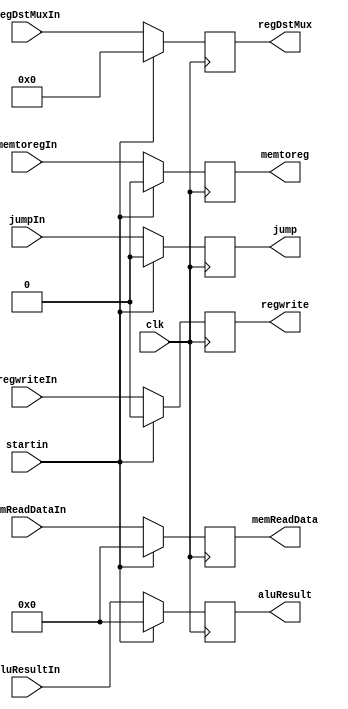
module MEM_WB(startin, clk,regwriteIn, jumpIn, memtoregIn,aluResultIn, memReadDataIn, regDstMuxIn,regwrite, jump, memtoreg,aluResult, memReadData, regDstMux);
				
		input startin, clk;
		
		input jumpIn, memtoregIn, regwriteIn;
		input [31:0] aluResultIn, memReadDataIn;
		input [4:0] regDstMuxIn;	
		
		output reg jump, memtoreg, regwrite;
		output reg [31:0] aluResult, memReadData;
		output reg [4:0] regDstMux;
				
		always @(posedge clk) begin
			if(startin) begin
				
				{ jump, memtoreg, regwrite, aluResult, memReadData, regDstMux} <= 0;
			
			end else begin
				regwrite <= regwriteIn;
				jump <= jumpIn;
				memtoreg <= memtoregIn;
				aluResult <= aluResultIn;
				memReadData <= memReadDataIn;
				regDstMux <= regDstMuxIn;
			end
		end	

endmodule